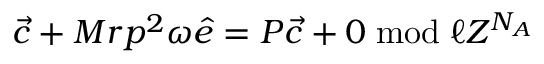
{ \vec { c } } + M r p ^ { 2 } \omega { \hat { e } } = { \cal P } { \vec { c } } + 0 \bmod { \ell Z ^ { N _ { A } } }